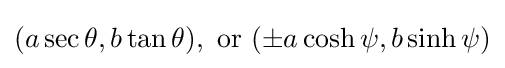
(a\sec \theta ,b\tan \theta ),{\text{ or }}(\pm a\cosh \psi ,b\sinh \psi )